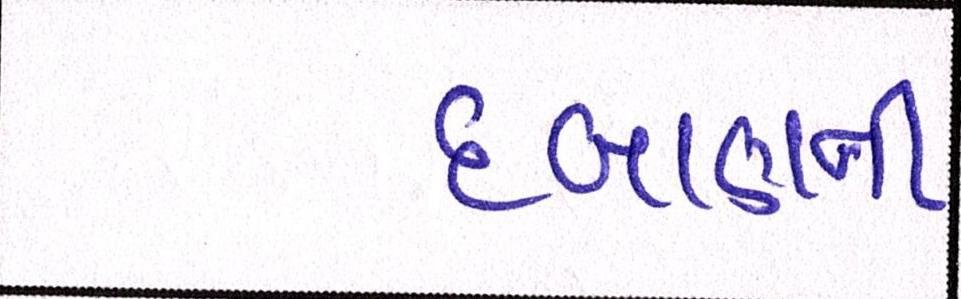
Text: દબાણની